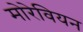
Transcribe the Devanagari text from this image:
मोरेवियन